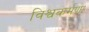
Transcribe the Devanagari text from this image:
विश्वकर्मणः